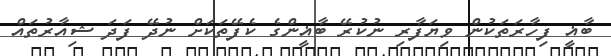
ބާޣީ ފިހާރަތަކުން ވިޔަފާރި ނުކުރޭ ބާޣީންގެ ކެފޭތަކަށް ނުދޭ ފަދަ ޝިއާރުތައް